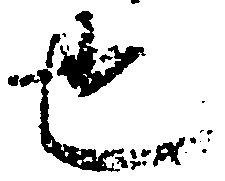
也